Annual report on the Civil Veterinary Department, Burma (including the Insein Veterinary School) - 1932-1941
Year: 1932
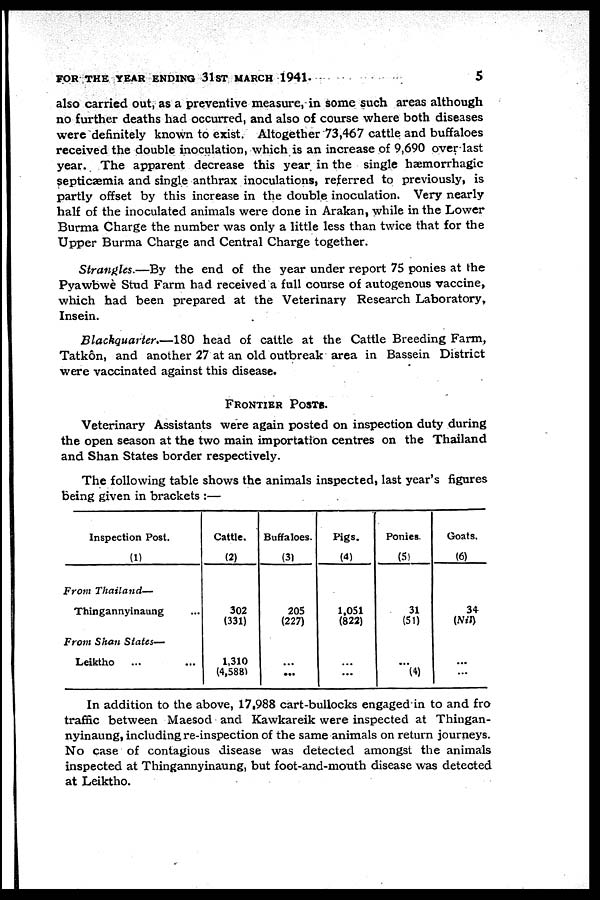
FOR THE YEAR ENDING 31ST MARCH 1941.
5
also carried out, as a preventive measure, in some such areas although
no further deaths had occurred, and also of course where both diseases
were definitely known to exist. Altogether 73,467 cattle and buffaloes
received the double inoculation, which is an increase of 9,690 over last
year. The apparent decrease this year in the single hæmorrhagic
septicæmia and single anthrax inoculations, referred to previously, is
partly offset by this increase in the double inoculation. Very nearly
half of the inoculated animals were done in Arakan, while in the Lower
Burma Charge the number was only a little less than twice that for the
Upper Burma Charge and Central Charge together.
Strangles.—By the end of the year under report 75 ponies at the
Pyawbwè Stud Farm had received a full course of autogenous vaccine,
which had been prepared at the Veterinary Research Laboratory,
Insein.
Blackquarter.—180 head of cattle at the Cattle Breeding Farm,
Tatkôn, and another 27 at an old outbreak area in Bassein District
were vaccinated against this disease.
FRONTIER POSTS.
Veterinary Assistants were again posted on inspection duty during
the open season at the two main importation centres on the Thailand
and Shan States border respectively.
The following table shows the animals inspected, last year's figures
being given in brackets :—
Inspection Post.
(1)
From
Thailand—
Thingannyinaung ...
From Shan States—
Leiktho ... ...
Cattle.
(2)
302
(331)
1,310
(4,588)
Buffaloes.
(3)
205
(227)
...
...
Pigs.
(4)
1,051
(822)
...
...
Ponies.
(5)
31
(51)
...
(4)
Goats,
(6)
34
(Nil)
...
...
In addition to the above, 17,988 cart-bullocks engaged in to and fro
traffic between Maesod and Kawkareik were inspected at Thingan-
nyinaung, including re-inspection of the same animals on return journeys.
No case of contagious disease was detected amongst the animals
inspected at Thingannyinaung, but foot-and-mouth disease was detected
at Leiktho.